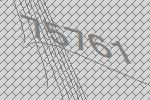
75761